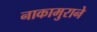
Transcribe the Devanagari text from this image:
नाकामुराने